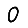
Digit: 0